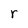
Character: r